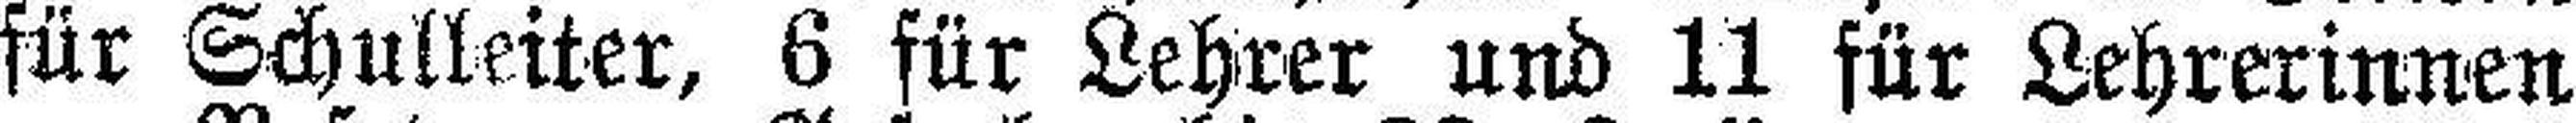
für Schulleiter, 6 für Lehrer und 11 für Lehrerinnen